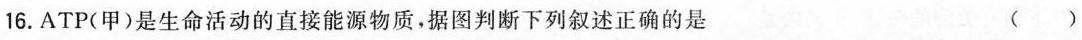
16.ATP(甲)是生命活动的直接能源物质，据图判断下列叙述正确的是 ( )